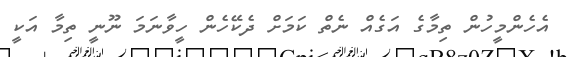
އެހެންމީހުން ތިމާގެ އަގެއް ނެތް ކަމަށް ދެކޭހެން ހީވާނަމަ ނޫނީ ތިމާ އަކީ